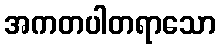
အကတပါတရာသော